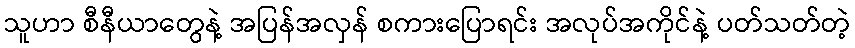
သူဟာ စီနီယာတွေနဲ့ အပြန်အလှန် စကားပြောရင်း အလုပ်အကိုင်နဲ့ ပတ်သတ်တဲ့